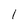
Character: 1